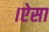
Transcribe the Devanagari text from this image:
।ऐसा